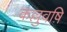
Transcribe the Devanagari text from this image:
कल्लुवष़ि